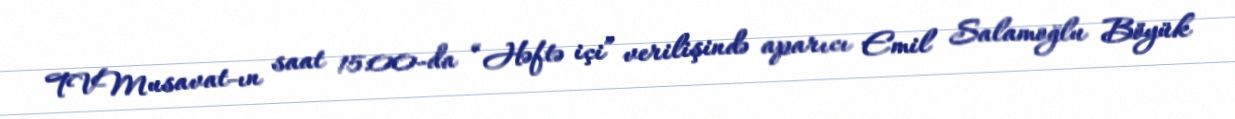
TVMusavat-ın saat 15:00-da “Həftə içi” verilişində aparıcı Emil Salamoğlu Böyük